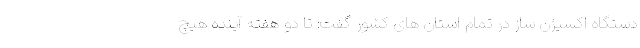
دستگاه اکسیژن ساز در تمام استان های کشور گفت: تا دو هفته آینده هیچ